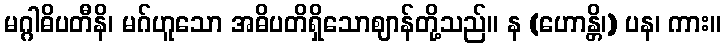
မဂ္ဂါဓိပတီနိ၊ မဂ်ဟူသော အဓိပတိရှိသောဈာန်တို့သည်။ န (ဟောန္တိ၊) ပန၊ ကား။